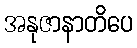
အနုဇာနာတိပေ